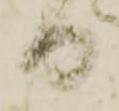
日